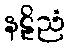
နဠိညံ